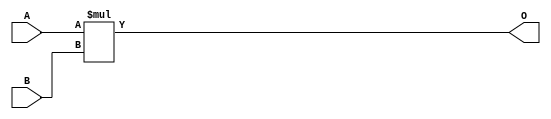
module multiplier(A, B, O);
    input  [7:0] A, B;
    output [7:0] O;

    assign O = A*B;
endmodule